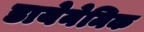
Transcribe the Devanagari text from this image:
डायेनेमिक